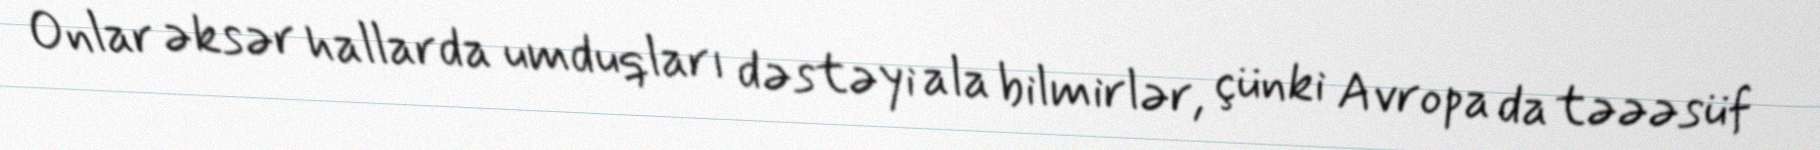
Onlar əksər hallarda umduqları dəstəyi ala bilmirlər, çünki Avropa da təəəsüf